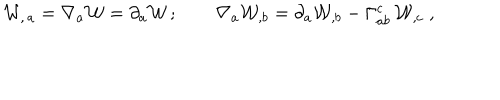
{ \cal W } _ { , \, a } = \nabla _ { a } { \cal W } = \partial _ { a } { \cal W } \, ; \qquad \nabla _ { a } { \cal W } _ { , b } = \partial _ { a } { \cal W } _ { , b } - \Gamma _ { a b } ^ { c } \, { \cal W } _ { , c } \; ,